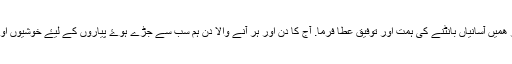
ہم سب کے لیۓ آسانیاں فرما، اور ھمیں آسانیاں بانٹنے کی ہمت اور توفیق عطا فرما. آج کا دن اور ہر آنے والا دن ہم سب سے جُڑے ہُوۓ پیاروں کے لیۓ خُوشیوں اور کامیابیوں سے بھر پُور بنا دے۔